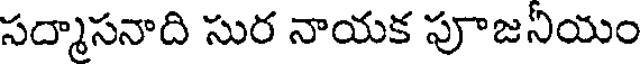
సద్మాసనాది సుర నాయక పూజనియం